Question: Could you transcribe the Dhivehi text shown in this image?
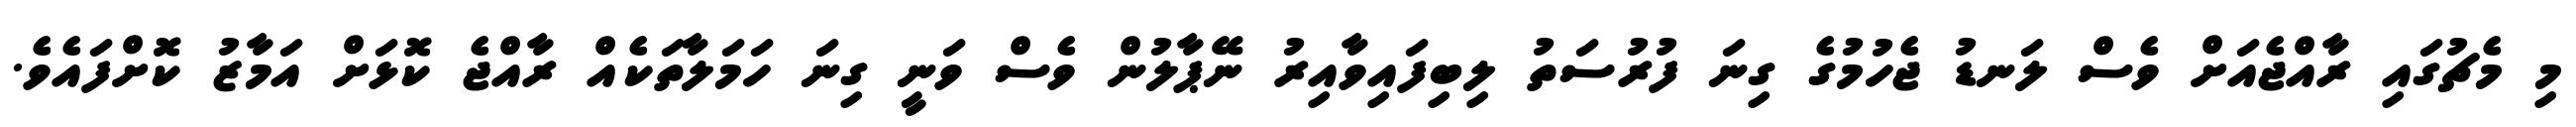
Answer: މި މެޗުގައި ރާއްޖެއަށް ވެސް ލަނޑު ޖެހުމުގެ ގިނަ ފުރުސަތު ލިބިފައިވާއިރު ނޭޕާލުން ވެސް ވަނީ ގިނަ ހަމަލާތަކެއް ރާއްޖެ ކޮޅަށް އަމާޒު ކޮށްފައެވެ.